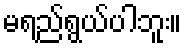
မရည်ရွယ်ပါဘူး။